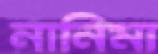
নানিমা